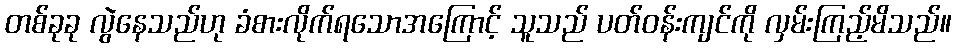
တစ်ခုခု လွဲနေသည်ဟု ခံစားလိုက်ရသောအကြောင့် သူသည် ပတ်ဝန်းကျင်ကို လှမ်းကြည့်မိသည်။